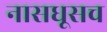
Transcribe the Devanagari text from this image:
नासधूसच